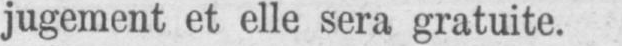
jugement et elle sera gratuite.